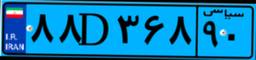
۷۳D۳۸۸۳۱